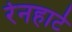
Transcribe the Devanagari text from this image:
रेनहार्ट